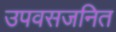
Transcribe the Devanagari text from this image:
उपवसजनित